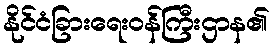
နိုင်ငံခြားရေးဝန်ကြီးဌာန၏